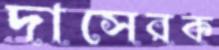
দাসেরক